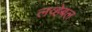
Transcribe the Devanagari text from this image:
लव्हेबल